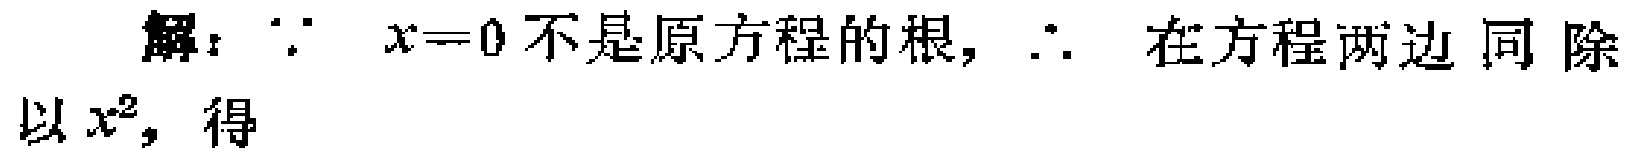
解：\(\because x = 0\)不是原方程的根，\(\therefore\)在方程两边同除以\(x^{2}\)，得